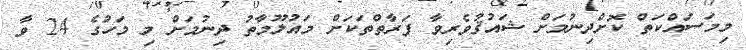
މިމަސައްކަތް ކޮށްދިނުމަށްް ޝައުޤުވެރިވާ ފަރާތްތަކަށް މައުލޫމާތު ދިނުމަށް މި މަހުގެ 24 ވާ